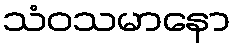
သံဝသမာနော